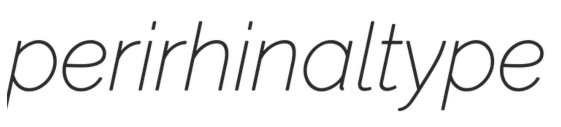
perirhinal type